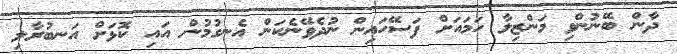
ދާން ބޭނުންވި މަންޒިލާ ހަމައަށް ފަސޭހައިން ނުދެވޭނެކަން އެނގުމުން އައި ކޮޅަށް އަނބުރާލި